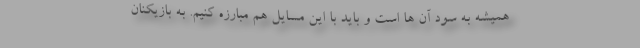
همیشه به سود آن ها است و باید با این مسایل هم مبارزه کنیم. به بازیکنان